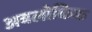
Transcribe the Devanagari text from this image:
अवलोकिक